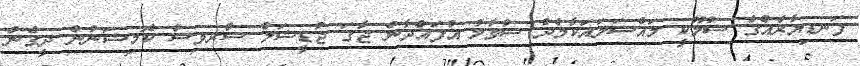
ފަނޑިޔާރެއްގެ ސުލޫކީ މައްސަލައަކާމެދު ސުވާލު އުފައްދާނެ ޖާގަ ޖުޑީޝަލް ސާރވިސް ކޮމިޝަނުން ދީގެން